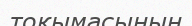
тоқымасының